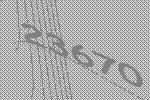
23670